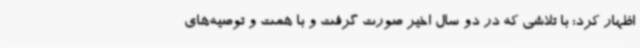
اظهار کرد: با تلاشی که در دو سال اخیر صورت گرفت و با همت و توصیه‌های